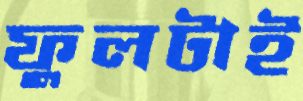
ফুলটাই